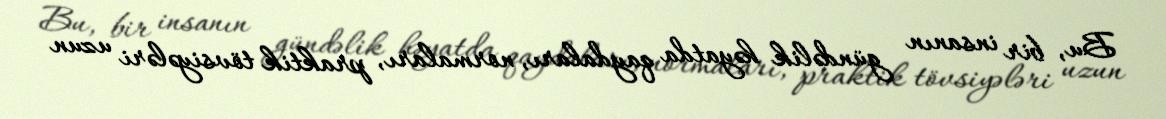
Bu, bir insanın gündəlik həyatda qaydaları, normaları, praktik tövsiyələri uzun